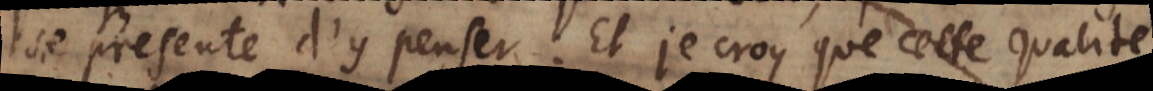
se presente d’y penser. Et je croy que cette qualité